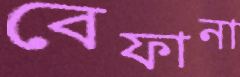
বেফানা